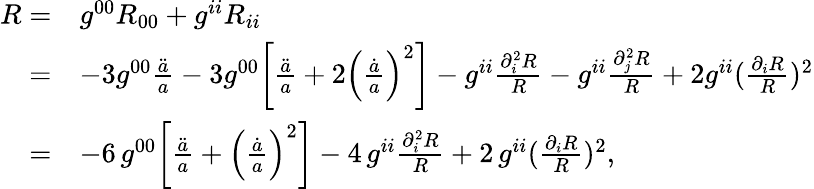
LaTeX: \begin{array}{rl}{R=}&{g^{00}R_{00}+g^{ii}R_{ii}}\\ {=}&{-3g^{00}\frac{\ddot{a}}{a}-3g^{00}\bigg[\frac{\ddot{a}}{a}+2\left(\frac{\dot{a}}{a}\right)^{2}\bigg]-g^{ii}\frac{\partial_{i}^{2}R}{R}-g^{ii}\frac{\partial_{j}^{2}R}{R}+2g^{ii}(\frac{\partial_{i}R}{R})^{2}}\\ {=}&{-6\, g^{00}\bigg[\frac{\ddot{a}}{a}+\left(\frac{\dot{a}}{a}\right)^{2}\bigg]-4\, g^{ii}\frac{\partial_{i}^{2}R}{R}+2\, g^{ii}(\frac{\partial_{i}R}{R})^{2},}\end{array}